Annual report of the Punjab Veterinary College and of the Civil Veterinary Department, Punjab - 1909-1919
Year: 1909
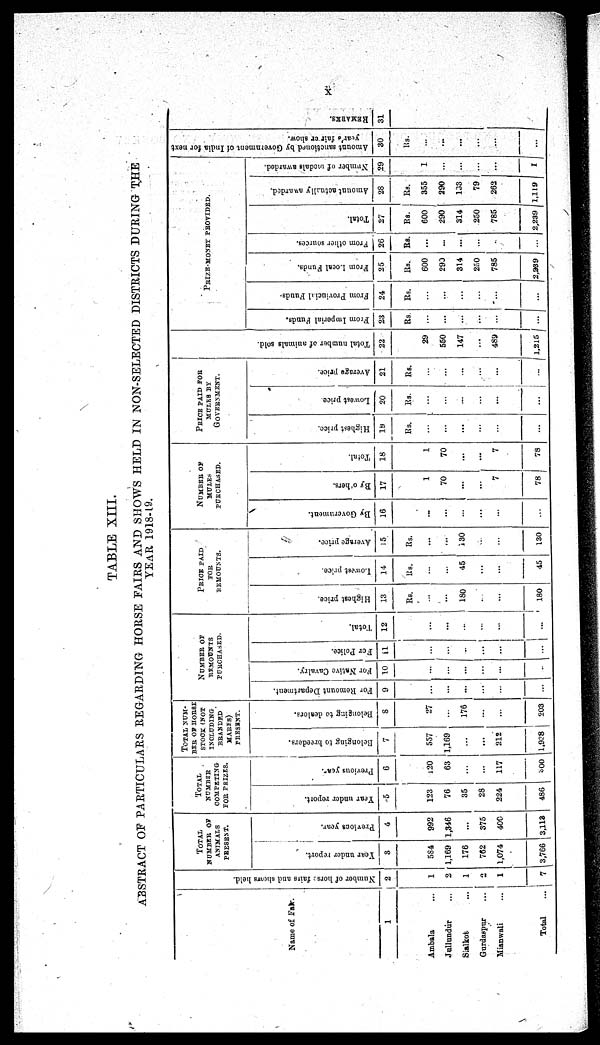
x
TABLE XIII.
ABSTRACT OF PARTICULARS REGARDING HORSE FAIRS AND SHOWS HELD IN NON-SELECTED DISTRICTS DURING THE
YEAR 1918-19.
Name of Fax.
1
Ambala ...
Jullundur ...
Sialkot ...
Gurdaspur ...
Mianwali ...
Total ...
Number
of horse fairs and shows held.
2
1
2
1
2
1
7
TOTAL
NUMBER OF
ANIMALS
PRESENT.
Year under report.
3
584
1,169
176
762
1,074
3,766
Previous year.
4
992
1,346
...
375
400
3,113
TOTAL
NUMBER
COMPETING
FOR PRIZES.
Year under report.
5
123
76
35
28
224
486
Previous year.
6
120
63
...
...
117
300
TOTAL NUM¬
BER OF HORSE
STOCK (NOT
INCLUDING
BRANDED
MARES)
PRESENT.
Belonging to breeders.
7
557
1,169
...
...
212
1,928
Belonging to dealers.
8
27
...
176
...
...
203
NUMBER OF
REMOUNTS
PURCHASED.
For Remount Department.
9
...
...
...
...
...
...
For Native Cavalry.
10
...
...
...
...
...
...
For Police.
11
...
...
...
...
...
...
Total.
12
...
...
...
...
...
...
PRICE
PAID
FOR
REMOUNTS.
Highest price.
13
Rs.
...
...
180
...
...
180
Lowest price.
14
Rs.
...
...
45
...
...
45
Average price.
15
Rs.
...
...
130
...
...
130
NUMBER OF
MULES
PURCHASED.
By Government.
16
...
...
...
...
...
...
By others.
17
1
70
...
...
7
...
Total.
18
1
70
...
...
7
78
PRICE PAID FOR
MULES BY
GOVERNMENT.
Highest price.
19
Rs.
...
...
...
...
...
...
Lowest price
20
Rs.
...
...
...
...
...
...
Average price
21
Rs.
...
...
...
...
...
...
Tot al number of animals sold.
22
29
550
147
...
489
1,215
PRIZE-MONEY
PROVIDED.
From Imperial Funds.
23
Rs.
...
...
...
...
...
...
From Provincial Funds.
24
Rs.
...
...
...
...
...
...
From Local Funds.
25
Rs.
600
290
314
250
785
2,239
From other sources.
26
RS.
...
...
...
...
...
...
Total.
27
Rs.
600
290
314
250
785
2,239
Amount
actually awarded,
28
Rs.
355
290
133
79
262
1,119
Number of medals awarded.
29
1
...
...
...
...
1
Amount sanctioned by Government of India for next
year's fair or show.
30
Rs.
...
...
...
...
...
...
REMARKS .
31